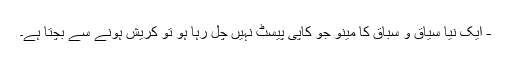
- ایک نیا سیاق و سباق کا مینو جو کاپی پیسٹ نہیں چل رہا ہو تو کریش ہونے سے بچتا ہے۔